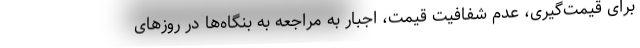
برای قیمت‌گیری، عدم شفافیت قیمت، اجبار به مراجعه به بنگاه‌ها در روزهای